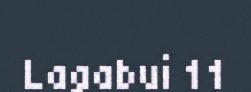
Lagabui 11